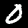
Label: 0